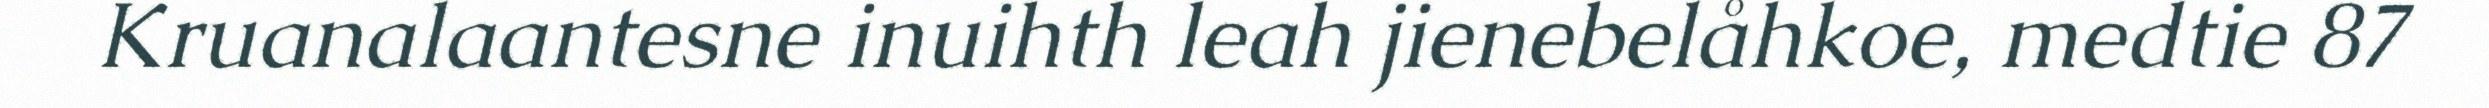
Kruanalaantesne inuihth leah jienebelåhkoe, medtie 87